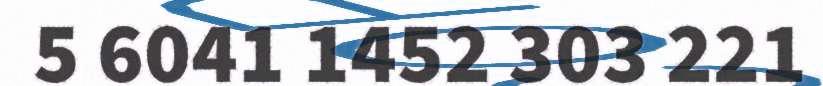
5 6041 1452 303 221